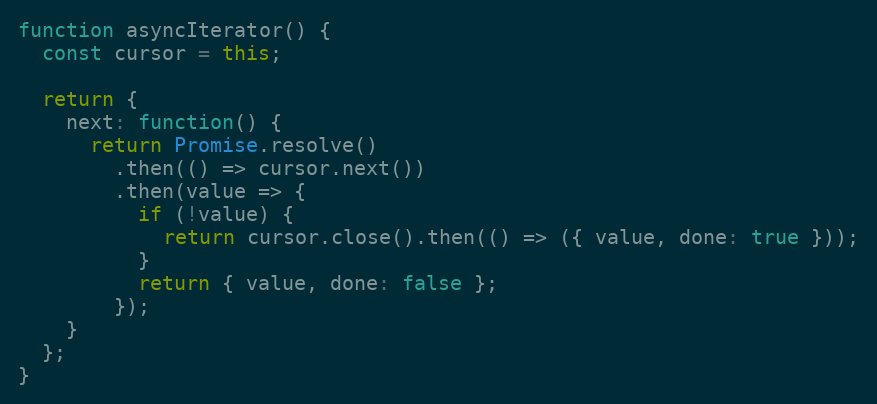
Language: JavaScript
function asyncIterator() {
  const cursor = this;

  return {
    next: function() {
      return Promise.resolve()
        .then(() => cursor.next())
        .then(value => {
          if (!value) {
            return cursor.close().then(() => ({ value, done: true }));
          }
          return { value, done: false };
        });
    }
  };
}